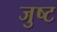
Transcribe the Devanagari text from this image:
जुष्ट